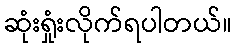
ဆုံးရှုံးလိုက်ရပါတယ်။